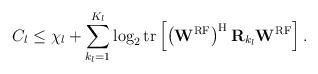
LaTeX: \begin{align*}C_l \leq \chi_{l} + \sum_{k_l=1}^{K_l} \log_2 \mathrm{tr}\left[ \left(\mathbf{W}^{\mathrm{RF}}\right)^\mathrm{H} \mathbf{R}_{k_l} \mathbf{W}^{\mathrm{RF}} \right]. \end{align*}